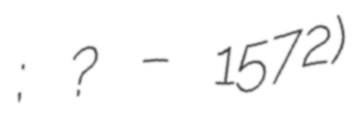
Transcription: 直政; ? – 1572)